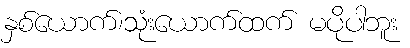
နှစ်ယောက်၊သုံးယောက်ထက် မပိုပါဘူး